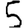
Digit: 5